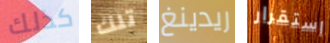
كذلك تلك ريدينغ استقرار